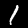
Digit: 1